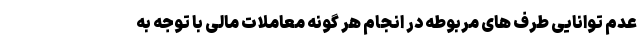
عدم توانایی طرف های مربوطه در انجام هر گونه معاملات مالی با توجه به